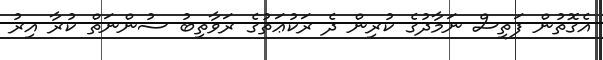
އެގޮތުން ފަތިސް ނަމާދުގެ ކުރިން ދެ ރަކުޢަތުގެ ރަވާތިބު ސުންނަތް ކުރާ އިރު